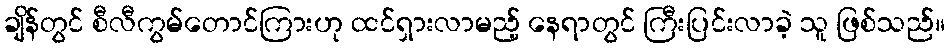
ချိန်တွင် စီလီကွမ်တောင်ကြားဟု ထင်ရှားလာမည့် နေရာတွင် ကြီးပြင်းလာခဲ့ သူ ဖြစ်သည်။